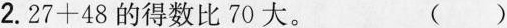
2.27 + 48的得数比70大。 ()